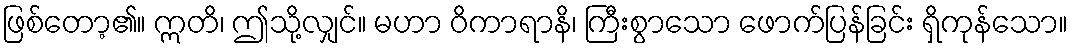
ဖြစ်တော့၏။ ဣတိ၊ ဤသို့လျှင်။ မဟာ ဝိကာရာနိ၊ ကြီးစွာသော ဖောက်ပြန်ခြင်း ရှိကုန်သော။